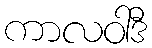
ကာလဝါဒီ